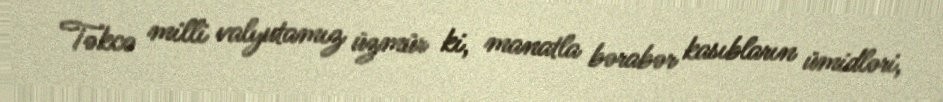
Təkcə milli valyutamız üzmür ki, manatla bərabər kasıbların ümidləri,